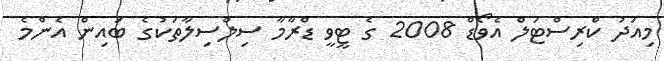
މިއަދު ކްރިސްޓަލް އެވޯޑް 2008 ގެ ޓީވީ ޑްރާމާ ސިލްސިލާތަކުގެ ބައިން އެންމެ